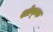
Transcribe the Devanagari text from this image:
श्लेष्म्क